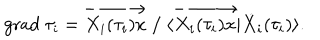
\mathrm { g r a d } \ \tau _ { i } = \overrightarrow { X _ { i } ( \tau _ { i } ) x } \; / \; \langle \overrightarrow { X _ { i } ( \tau _ { i } ) x } | \dot { X } _ { i } ( \tau _ { i } ) \rangle .